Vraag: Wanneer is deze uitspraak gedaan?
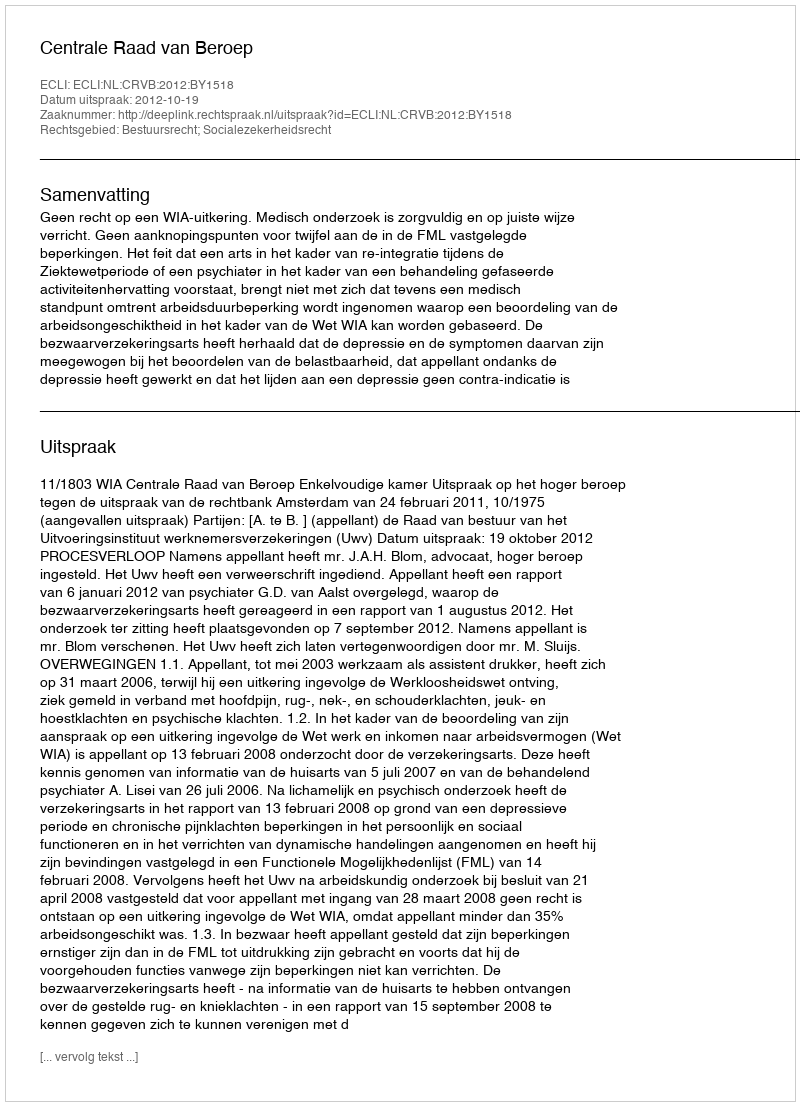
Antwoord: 2012-10-19